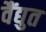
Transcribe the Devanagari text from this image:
वैंद्युत